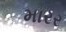
મારર